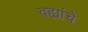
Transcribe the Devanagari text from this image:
वह्यांचे